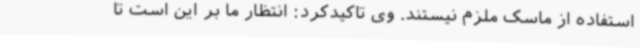
استفاده از ماسک ملزم نیستند. وی تاکیدکرد: انتظار ما بر این است تا